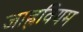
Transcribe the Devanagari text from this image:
जाह्नवियम